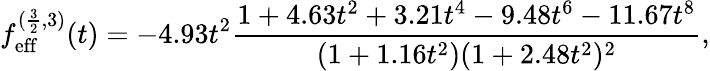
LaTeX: f_{\mathrm{eff}}^{(\frac{3}{2},3)}(t)=-4.93t^{2}\frac{1+4.63t^{2}+3.21t^{4}-9.48t^{6}-11.67t^{8}}{(1+1.16t^{2})(1+2.48t^{2})^{2}},